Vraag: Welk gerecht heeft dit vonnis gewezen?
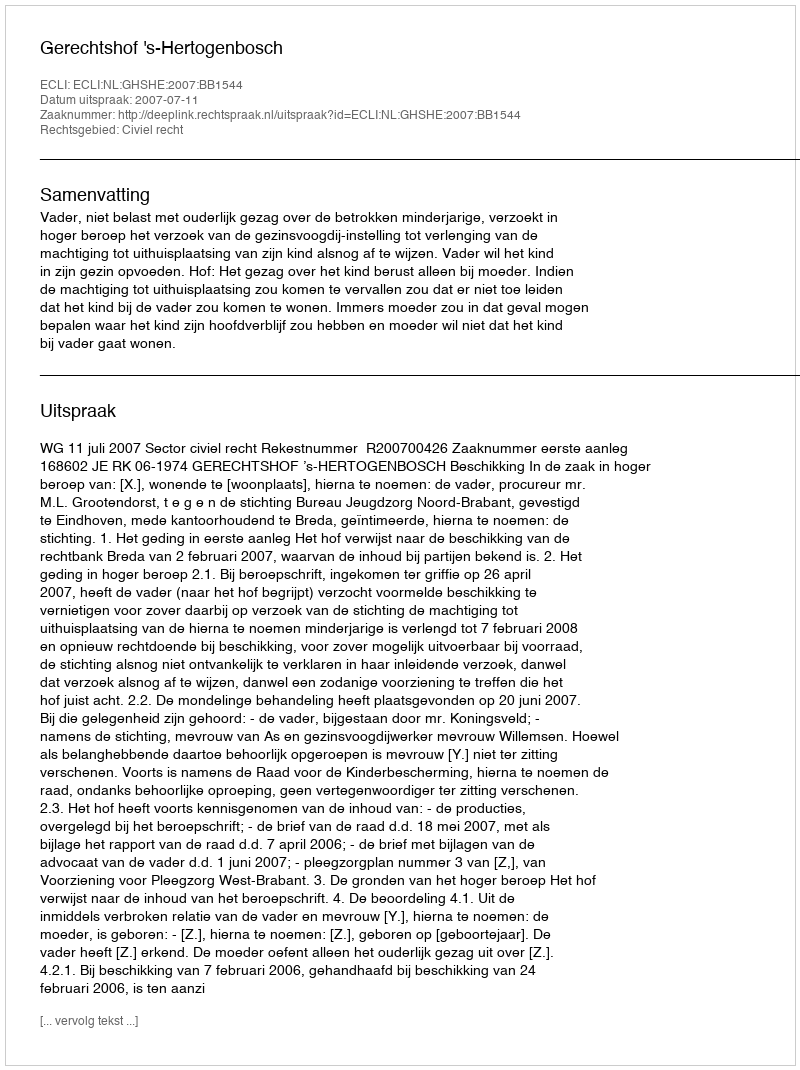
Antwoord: Gerechtshof 's-Hertogenbosch